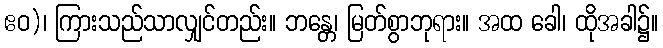
ဧဝ)၊ ကြားသည်သာလျှင်တည်း။ ဘန္တေ၊ မြတ်စွာဘုရား။ အထ ခေါ၊ ထိုအခါ၌။